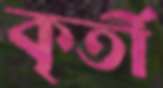
কৃর্তী